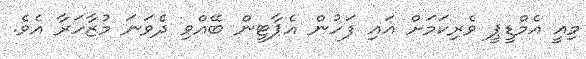
މިއީ އެމްޑީޕީ ވެރިކަމަށް އައި ފަހުން އެޕާޓީން ބޭއްވި ދެވަނަ މުޒާހަރާ އެވެ.